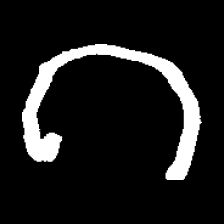
Pyu character \u2014 Myanmar letter: ဂ (romanized: ga)